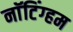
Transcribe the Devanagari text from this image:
नाॅटिंग्हम